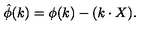
{ \hat { \phi } } ( k ) = \phi ( k ) - ( k \cdot X ) .